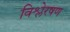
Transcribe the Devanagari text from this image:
विश्लेरषण